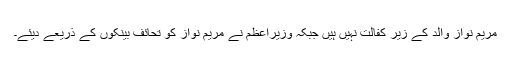
مریم نواز والد کے زیر کفالت نہیں ہیں جبکہ وزیراعظم نے مریم نواز کو تحائف بینکوں کے ذریعے دیئے۔